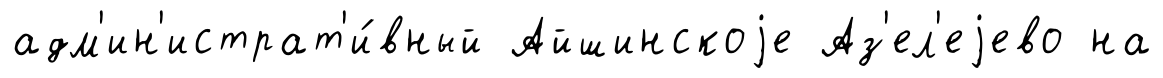
адм'ин'истрат'и́вный Айшинскоjе Аз'ел'еjево на